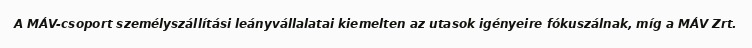
A MÁV-csoport személyszállítási leányvállalatai kiemelten az utasok igényeire fókuszálnak, míg a MÁV Zrt.